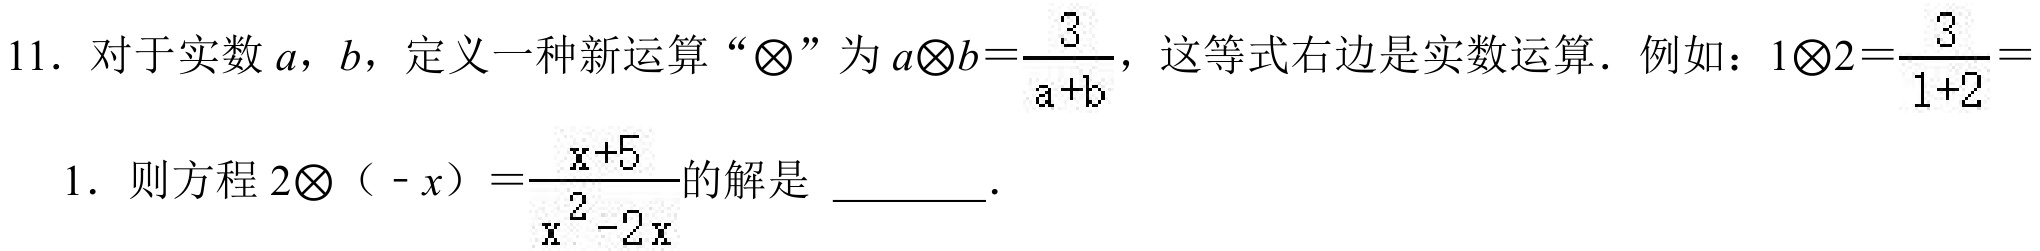
11. 对于实数 \(a\)，\(b\)，定义一种新运算 “\(\bigotimes\)” 为 \(a\bigotimes b = \frac{3}{a + b}\)，这等式右边是实数运算．例如：\(1\bigotimes2=\frac{3}{1 + 2}=1\)．则方程 \(2\bigotimes（-x）=\frac{x + 5}{x^{2}-2x}\)的解是 \_\_\_\_\_．